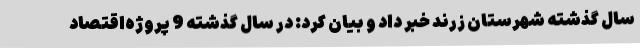
سال گذشته شهرستان زرند خبر داد و بیان کرد: در سال گذشته 9 پروژه‌اقتصاد